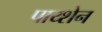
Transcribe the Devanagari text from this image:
पाय्शेन